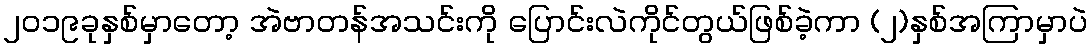
၂၀၁၉ခုနှစ်မှာတော့ အဲဗာတန်အသင်းကို ပြောင်းလဲကိုင်တွယ်ဖြစ်ခဲ့ကာ (၂)နှစ်အကြာမှာပဲ